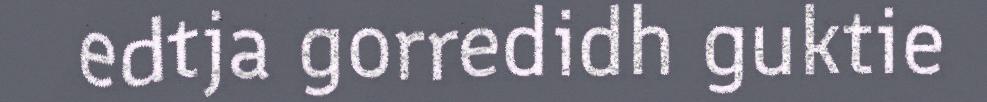
edtja gorredidh guktie